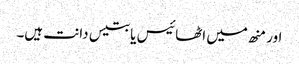
اور منھ میں اٹھائیس یا بتیس دانت ہیں۔